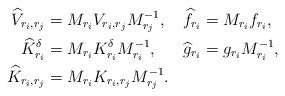
LaTeX: \begin{align*} \begin{aligned} \widehat{V}_{r_i,r_j}&=M_{r_i}V_{r_i,r_j}M^{-1}_{r_j}, &\widehat{f}_{r_i}&=M_{r_i}f_{r_i},\\ \widehat{K}^\delta_{r_i}&=M_{r_i}K^\delta_{r_i}M^{-1}_{r_i}, &\widehat{g}_{r_i}&=g_{r_i}M_{r_i}^{-1},\\ \widehat{K}_{r_i,r_j}&=M_{r_i}K_{r_i,r_j}M^{-1}_{r_j}. \end{aligned}\end{align*}